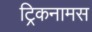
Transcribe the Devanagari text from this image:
ट्रिकनामस